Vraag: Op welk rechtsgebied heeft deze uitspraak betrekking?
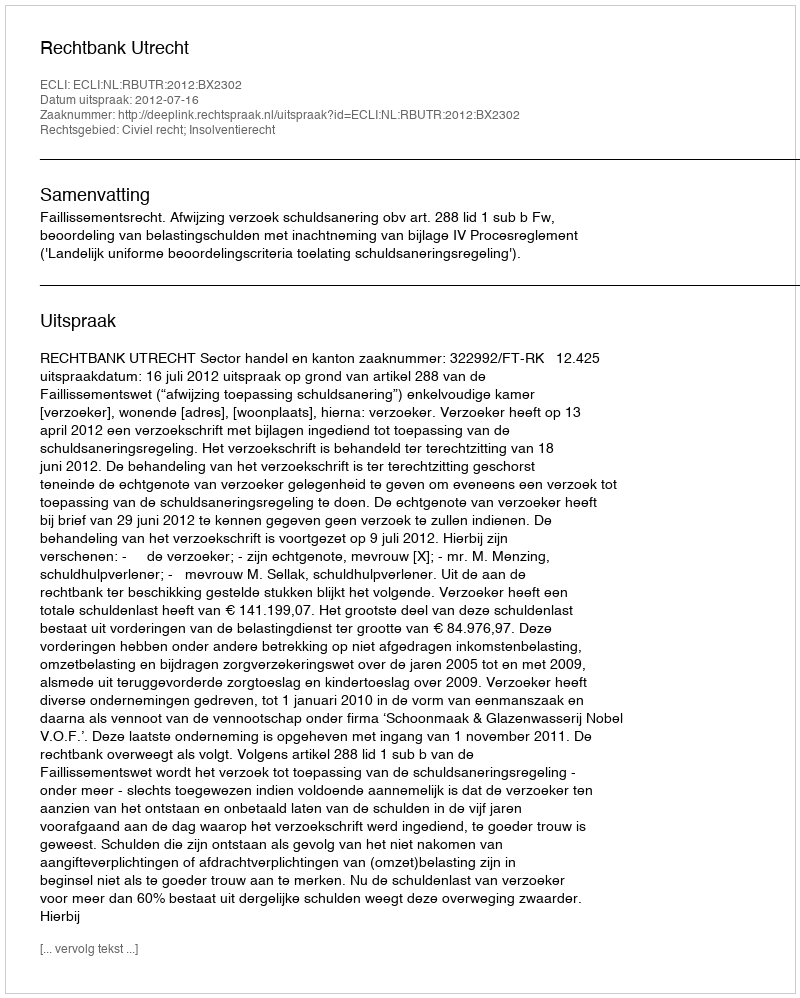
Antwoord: Civiel recht; Insolventierecht